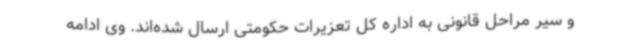
و سیر مراحل قانونی به اداره کل تعزیرات حکومتی ارسال شده‌اند. وی ادامه